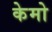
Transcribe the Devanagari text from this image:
केमो